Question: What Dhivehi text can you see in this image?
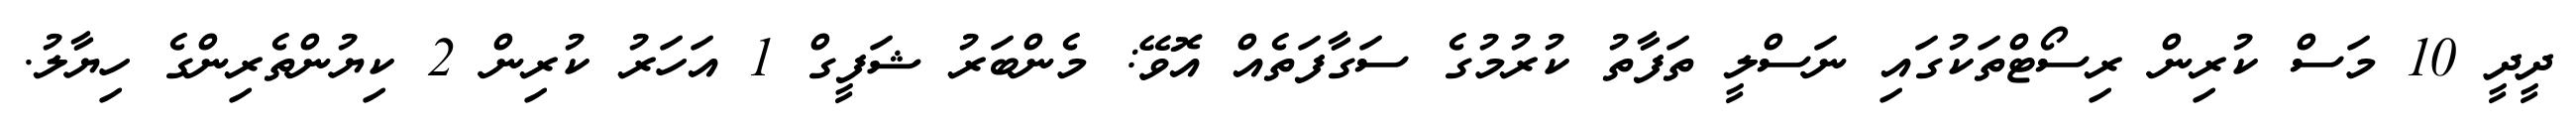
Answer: ދީދީ 10 މަސް ކުރިން ރިސޯޓްތަކުގައި ނަސްލީ ތަފާތު ކުރުމުގެ ސަގާފަތެއް އޮވޭ: މެންބަރު ޝަފީގް 1 އަހަރު ކުރިން 2 ކިޔުންތެރިންގެ ހިޔާލު.